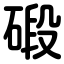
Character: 碫